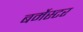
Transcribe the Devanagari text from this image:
बर्मेस्टर